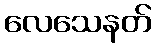
လေသေနတ်